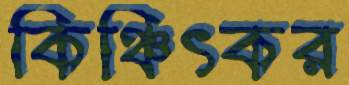
কিঞ্চিৎকর